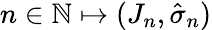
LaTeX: n\in\mathbb{N}\mapsto(J_{n},\hat{\sigma}_{n})